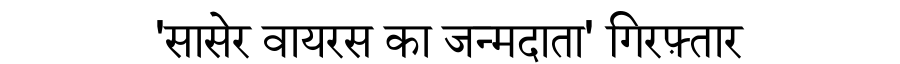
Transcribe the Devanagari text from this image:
'सासेर वायरस का जन्मदाता' गिरफ़्तार